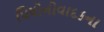
પિયોનોવાદકના